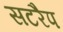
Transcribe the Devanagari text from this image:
सटरैप